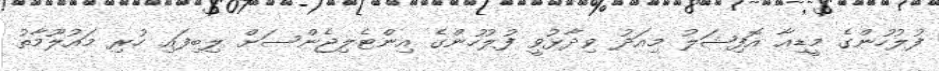
ފުލުހުންގެ މީޑިއާ އޮފިޝަލު މިއަދު ވިދާޅުވީ ފުލުހުންގެ އިންޓެލިޖެންސަށް ލިބިފައި ހުރި މައުލޫމާތު